King Institute of Preventive Medicine Micro-Biological Section reports 1912-19
Year: 1912
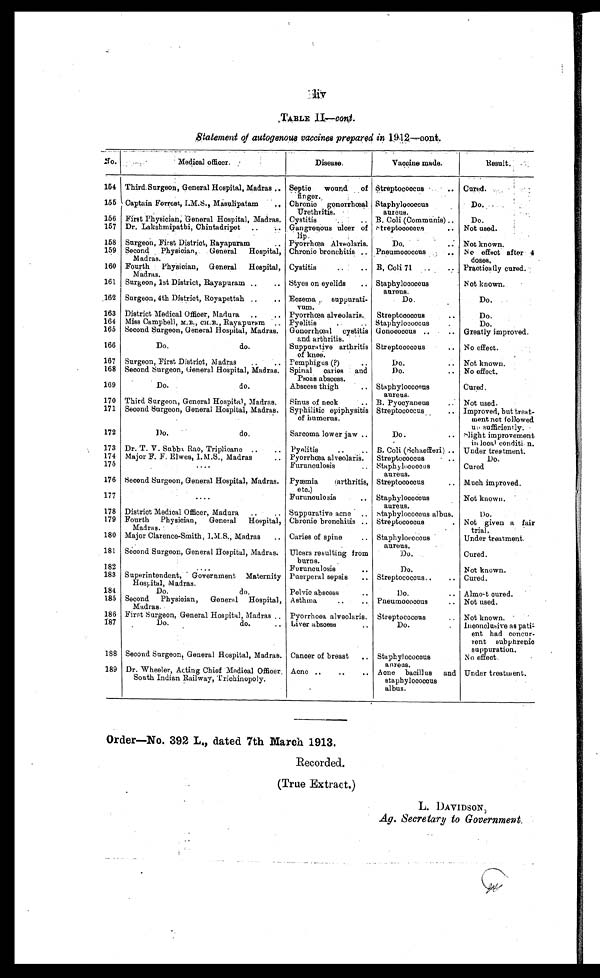
TABLE
Statement of autogenous vaccines prepared in 1912 —cont.
No.
Medical officer.
Disease.
Vaccine made.
Result.
154 Third Surgeon, General Hospital, Madras . . . Septic wound of
finger.
Streptococcus . . .
Cured. . . .
155
C a p t a i n F o r r e s t , I . M . S . , M a s u l i p a t a m . . .
Chronic gonorrhœal
Urethritis.
Staphylococcus
aureus.
Do.
156 First Physician, General Hospital, Madras. Cystitis . . . B. Coli (Communis) . . .
D o .
157 Dr. Lakshmipathi, Chintadripet . . . Gangrenous ulcer of lip. Streptococcus . . .
Not used.
158 Surgeon, First District, Rayapuram . . . Pyorrhœa Alveolaris.
Do.
. . . Not known.
159 Second Physician, General Hospital,
Madras.
Chronic bronchitis . . . Pneumococcus . . .
No effect after 4
doses.
160 Fourth Physician, General Hospital,
Madras.
Cystitis . . .
B, Coli 71. . .
Practically cured.
161 Surgeon, 1st District, Rayapuram . . . Styes on eyelids . . .
Staphylococcus
aureus.
Not known.
162 Surgeon, 4th District, Royapettah . . . Eczemay suppurati-
v u m .
Do.
Do.
163 District Medical Officer, Madura
. . . Pyorrhœa alveolaris. Streptococcus . . .
Do.
164 Miss Campbell, M.B., CH.B., Rayapuram . . . Pyelitis
. . .
Staphylococcus
. . .
Do.
165 Second Surgeon, General Hospital, Madras. Gonorrhœal cystitis
and arthritis.
Gonococcus . . .
Greatly improved.
166
Do.
do.
Suppurative arthritis
of knee.
Streptococcus . . . No effect.
167 Surgeon, First District, Madras . . .
Pemphigus (?) . . .
Do. . . . Not known.
168 Second Surgeon, General Hospital, Madras. Spinal caries and
Psoas abscess.
Do. . . . No effect.
169
Do.
do.
Abscess thigh . . .
Staphylococcus
aureus.
Cured.
170 Third Surgeon, General Hospital, Madras. Sinus of neck . . .
B. Pyocyaneus . . . Not used.
171 Second Surgeon, General Hospital, Madras. Syphilitic epiphysitis
of humerus.
Streptococcus . . .
Improved, but treat
-
ment not followed
up sufficiently.
172
Do.
do.
Sarcoma lower jaw . . .
Do . . . . Slight improvement
in local condition.
173 Dr. T. V. Subba Rao, Triplicane . . .
Pyelitis
. . .
B. Coli (Schaefferi) . . . Under treatment.
174 Major F. F. Elwes, I.M.S., Madras . . . Pyorrhœa alveolaris. Streptococcus . . .
Do.
175
. . .
Furunculosis
. . . Staphylococcus
aureus.
Cured
176 Second Surgeon, General Hospital, Madras. Pyæmia
(arthritis,
etc.)
Streptococcus . . .
Much improved.
177
. . .
Furunculosis
. . . Staphylococcus
aureus.
Not known . . .
178 District Medical Officer, Madura . . . Suppurative acne . . . Staphylococcus albus.
D o .
179 Fourth Physician, General Hospital,
Madras.
Chronic bronchitis . . . Streptococcus. Not given a fair
trial.
180 Major Clarence-Smith, I.M.S., Madras . . . Caries of spine . . .
Staphylococcus
aureus.
Under treatment.
181 Second Surgeon, General Hospital, Madras. Ulcers resulting from
burns.
Do.
Cured.
182
. . .
Furunculosis
. . .
D o .
Not known.
183 Superintendent, Government Maternity
Hospital, Madras.
Puerperal sepsis . . .
Streptococcus . . . Cured.
184
Do. d o .
Pelvic abscess . . .
Do. . . . Almost cured.
185 Second Physician, General Hospital,
Madras.
Asthma . . .
Pneumococous . . .
Not used.
186 First Surgeon, General Hospital, Madras . . . Pyorrhoea alveolaris. Streptococcus . . .
Not known.
187
Do.
do. . . . Liver abscess
. . .
Do. . . .
Inconclusive as pati-
ent had concur
-
rent subphrenic
suppuration.
188 Second Surgeon, General Hospital, Madras. Cancer of breast . . . Staphylococcus
aureus.
No effect.
189 Dr.Wheeler, Acting Chief Medical Officer,
South Indian Railway, Trichinopoly.
Acne
. . . Acne bacillus and
staphylococcus
albus.
Under treatment.
Order—No. 392 L., dated 7th March 1913.
Recorded.
( True Extract.)
L. DAVIDSON,
Ag. Secretary to Government.